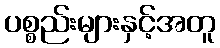
ပစ္စည်းများနှင့်အတူ